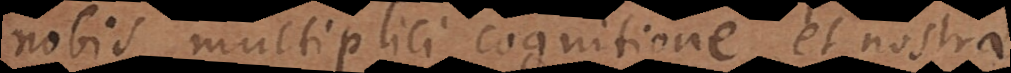
nobis multiplici cognitione et nostrae